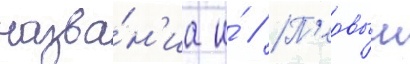
назва́н'иа и́ // П'ервыи